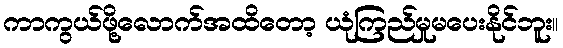
ကာကွယ်ဖို့လောက်အထိတော့ ယုံကြည်မှုမပေးနိုင်ဘူး။